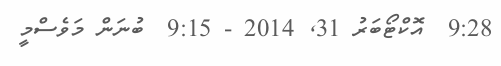
9:28  އޮކްޓޯބަރު 31